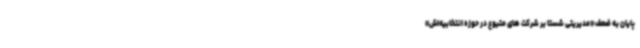
پایان به ضعف «مدیریتی شستا بر شرکت های متبوع در حوزه انتخابیه‌اش»